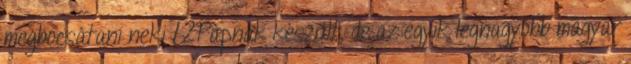
megbocsátani neki 12Papnak készült, de az egyik legnagyobb magyar